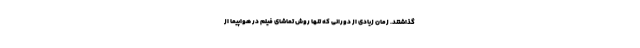
گذاشتند. زمان زیادی از دورانی که تنها روش تماشای فیلم در هواپیما از